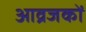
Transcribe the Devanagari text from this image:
आव्रजकों